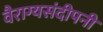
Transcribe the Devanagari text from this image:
वैराग्यसंदीपनी